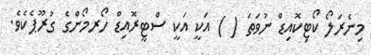
މިނެރަލޯ ކޯޓިކޮއިޑް ނުވަތަ ( ) އަކީ އަކީ ސްޓީރޮއިޑް ހޯރމޯންގެ ގުރޫޕެކެވެ.